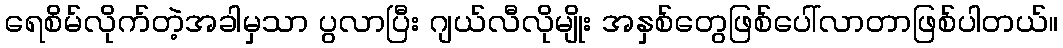
ရေစိမ်လိုက်တဲ့အခါမှသာ ပွလာပြီး ဂျယ်လီလိုမျိုး အနှစ်တွေဖြစ်ပေါ်လာတာဖြစ်ပါတယ်။